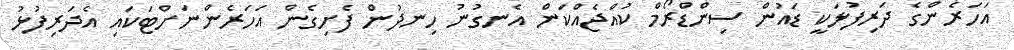
އަހަރެންގެ ދަރިފުޅަކީ ޑައުން ސިންޑްރޯމް ކުއްޖެއްކަން އެނގުނު ހިނދުން ފެށިގެން އަހަރެންނަށްޓަކައި އެދަރިފުޅު